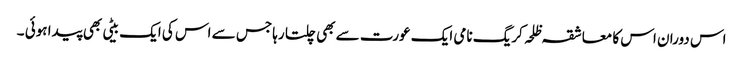
اس دوران اس کا معاشقہ ظلحہ کریگ نامی ایک عورت سے بھی چلتا رہا جس سے اس کی ایک بیٹی بھی پیدا ہوئی ۔